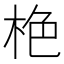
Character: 栬